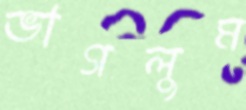
ভাগলুম